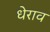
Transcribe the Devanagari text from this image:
धेराव